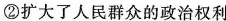
②扩大了人民群众的政治权利